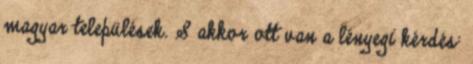
magyar települések. S akkor ott van a lényegi kérdés: